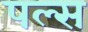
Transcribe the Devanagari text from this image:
पल्‍स